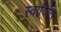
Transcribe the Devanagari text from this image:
स्वार्जित